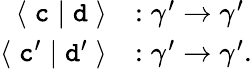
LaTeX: \begin{array}{rl}{\langle\; \textnormal{\texttt{c}}\; |\; \textnormal{\texttt{d}}\; \rangle}&{:\gamma^{\prime}\to\gamma^{\prime}}\\ {\langle\; \textnormal{\texttt{c}}^{\prime}\; |\; \textnormal{\texttt{d}}^{\prime}\; \rangle}&{:\gamma^{\prime}\to\gamma^{\prime}.}\end{array}